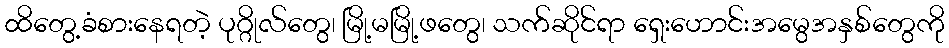
ထိတွေ့ခံစားနေရတဲ့ ပုဂ္ဂိုလ်တွေ၊ မြို့မမြို့ဖတွေ၊ သက်ဆိုင်ရာ ရှေးဟောင်းအမွေအနှစ်တွေကို